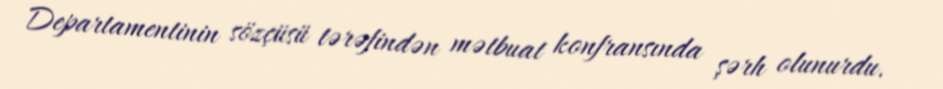
Departamentinin sözçüsü tərəfindən mətbuat konfransında şərh olunurdu.